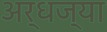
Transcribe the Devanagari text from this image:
अर्धज्या